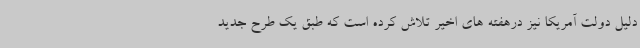
دلیل دولت آمریکا نیز درهفته های اخیر تلاش کرده است که طبق یک طرح جدید